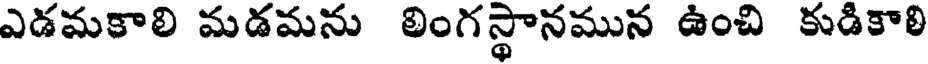
ఎడమకాలి మడమను లింగస్థానమున ఉంచి కుడికాలి